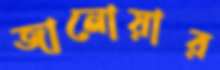
জানোয়ার